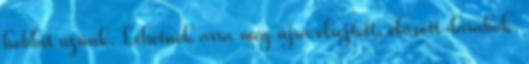
hobbit űzünk. Lehetnek arra még újra elrejtett, elásott darabok.